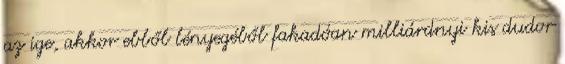
az ige, akkor ebből lényegéből fakadóan milliárdnyi kis dudor